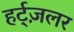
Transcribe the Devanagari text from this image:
हर्ट्ज़लर